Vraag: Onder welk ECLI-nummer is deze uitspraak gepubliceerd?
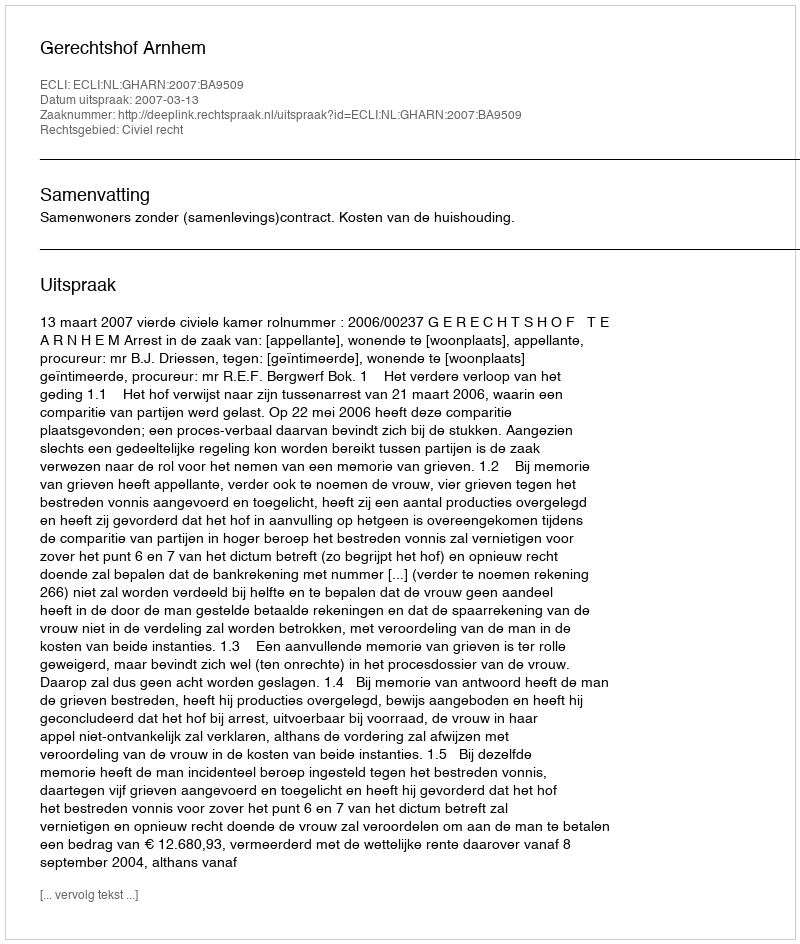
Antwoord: ECLI:NL:GHARN:2007:BA9509